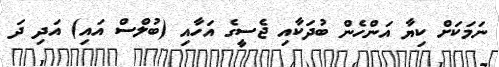
ނަމަކަށް ކިޔާ އަންހެން ބުދަކާއި ޖެސީގެ އަހާއި (ބުލްސް އައި) އަދި ދަ